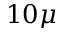
1 0 { \mu }